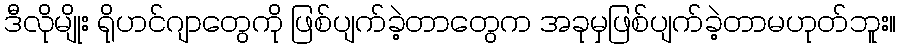
ဒီလိုမျိုး ရိုဟင်ဂျာတွေကို ဖြစ်ပျက်ခဲ့တာတွေက အခုမှဖြစ်ပျက်ခဲ့တာမဟုတ်ဘူး။